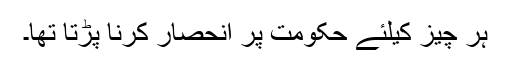
ہر چیز کیلئے حکومت پر انحصار کرنا پڑتا تھا۔